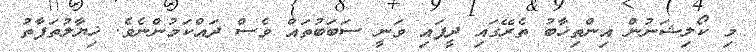
މި ކޯލިޝަނުން އިންތިޚާބު ތެރޭގައި ދީފައި ވަނީ ސަބަބުތައް ވެސް ދައްކަމުންނެވެ. ޚިޔާލުތަފާތު